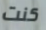
كنت